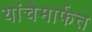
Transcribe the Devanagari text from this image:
यांचेमार्फत